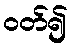
ဝတ်၍